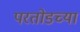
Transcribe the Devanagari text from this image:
परतोडच्या